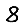
Digit: 8